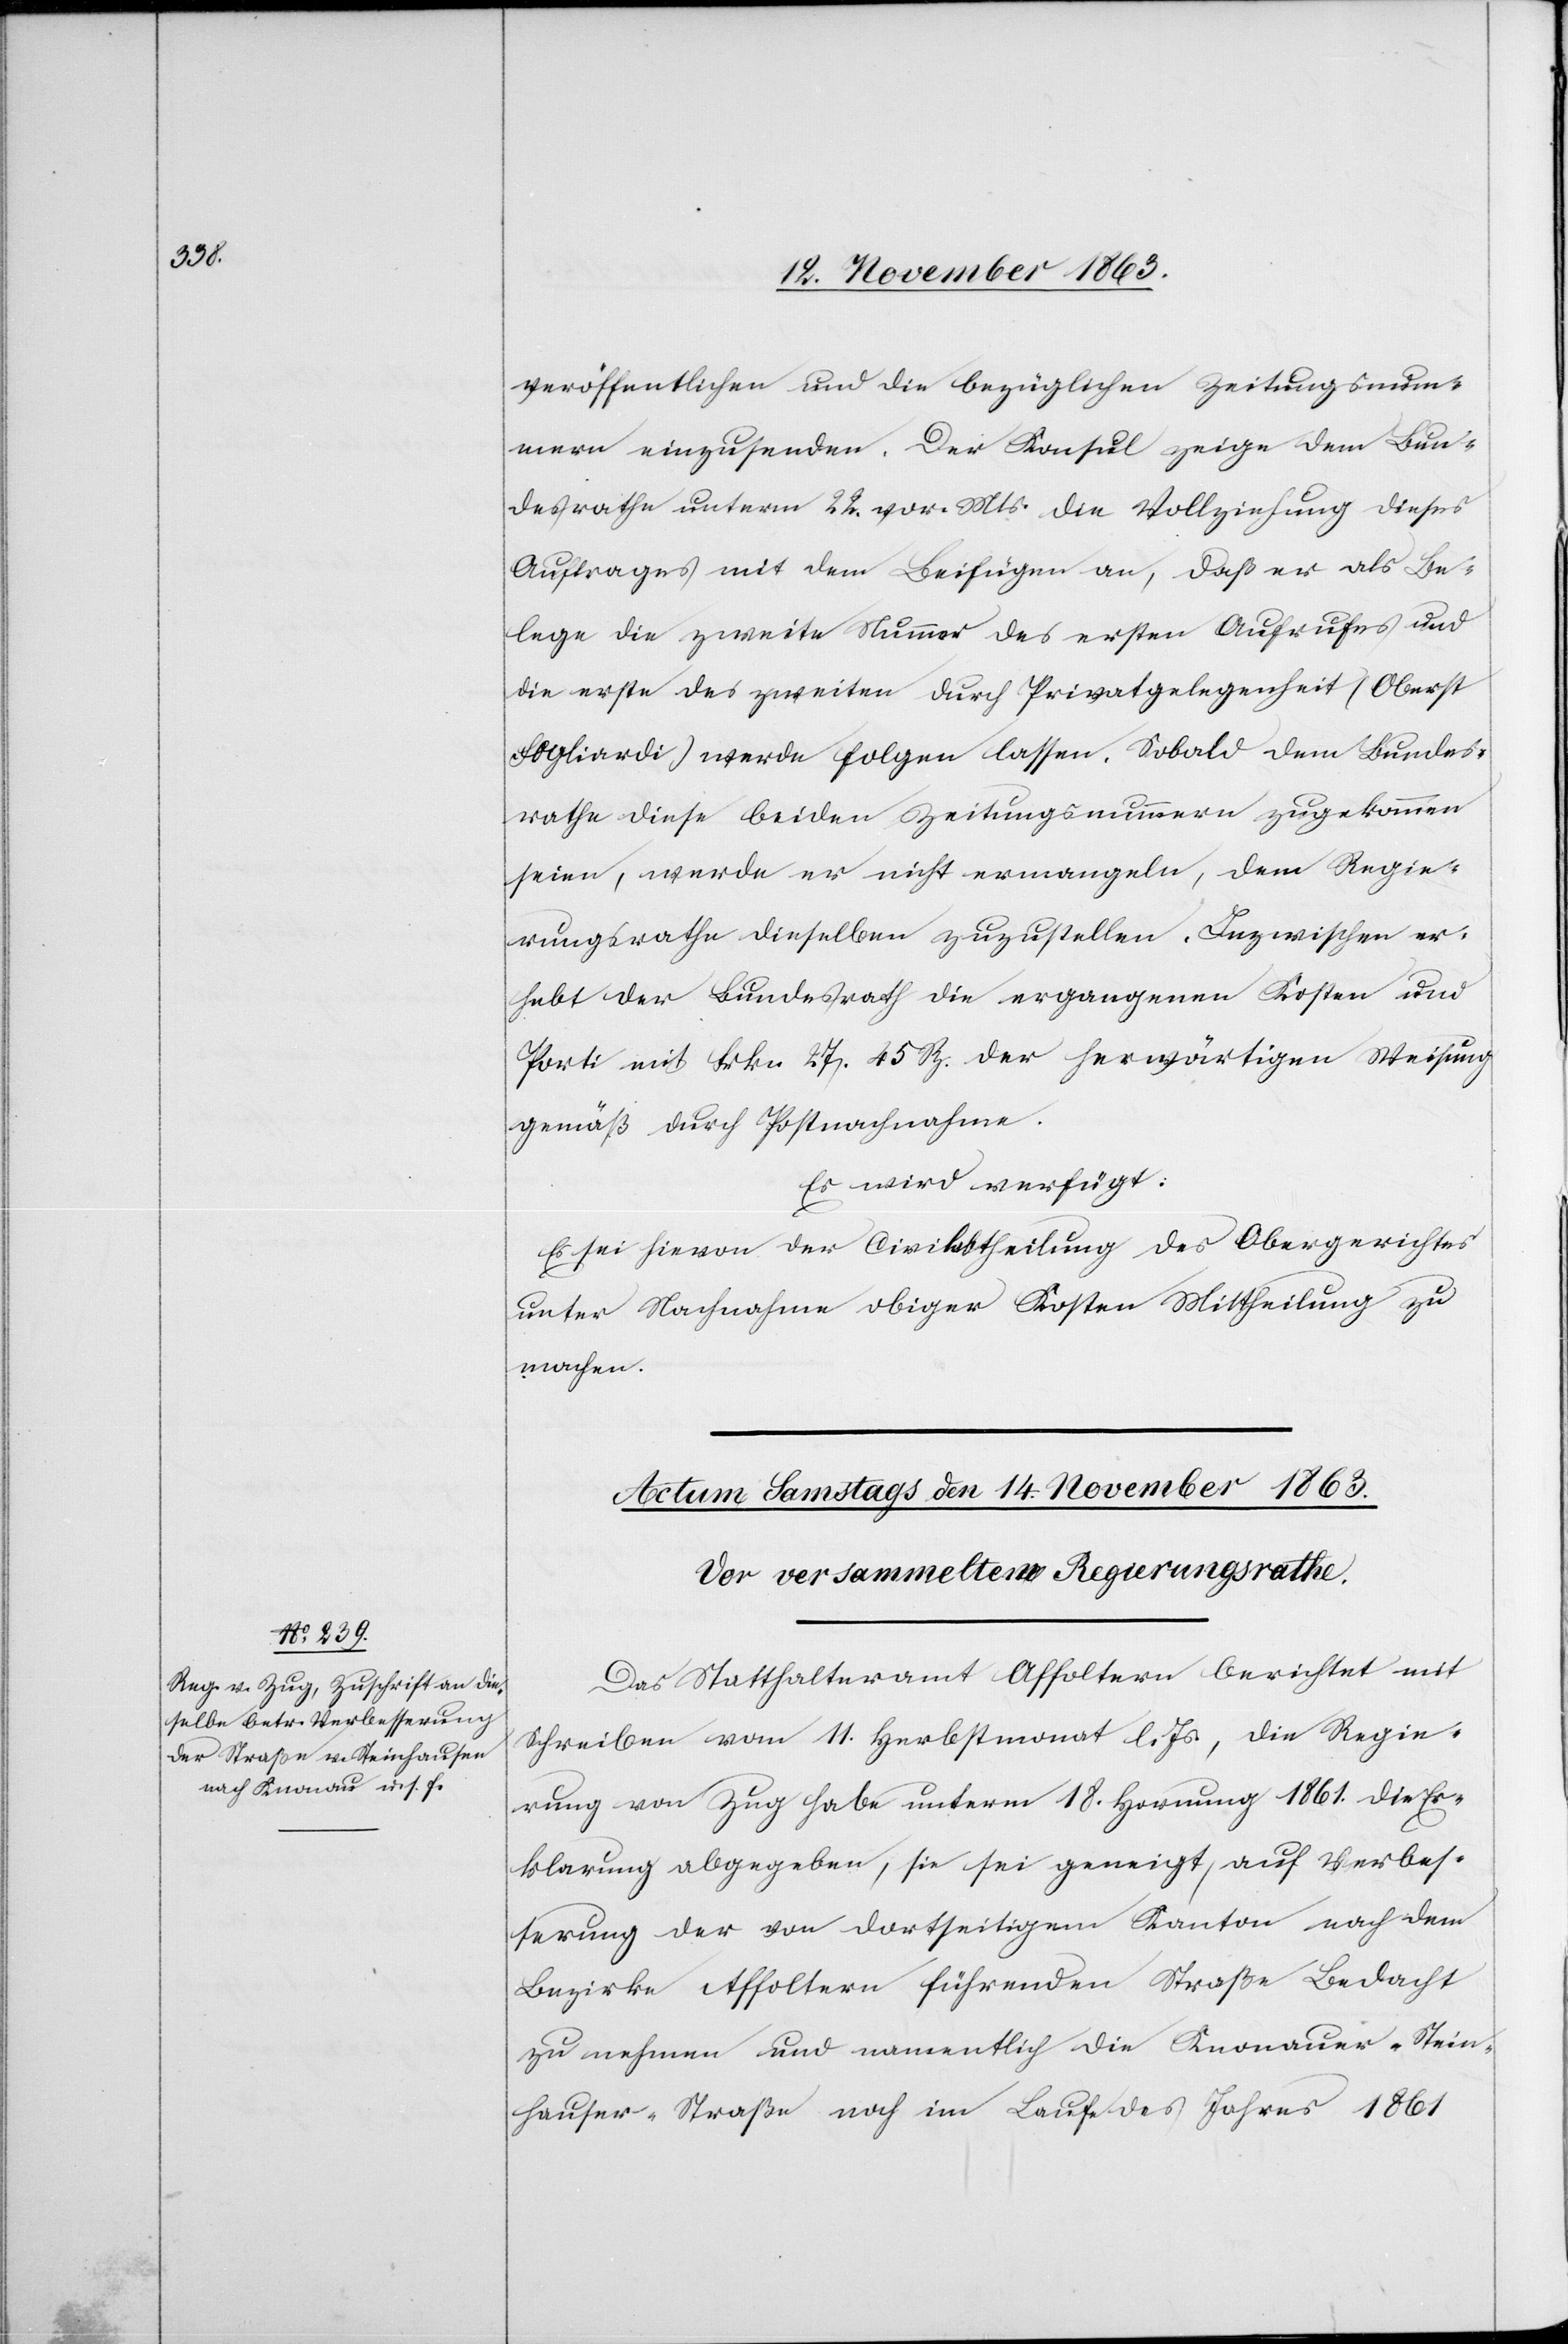
veröffentlichen und die bezüglichen Zeitungsnum¬
mern einzusenden. Der Konsul zeige dem Bun¬
desrathe unterm 22. vor. Mts. die Vollziehung dieses
Auftrages mit dem Beifügen an, daß er als Be¬
lege die zweite Nummer des ersten Aufrufes und
die erste des zweiten durch Privatgelegenheit (Oberst
Fogliardi) werde folgen lassen. Sobald dem Bundes¬
rathe diese beiden Zeitungsnummern zugekommen
seien, werde er nicht ermangeln, dem Regie¬
rungsrathe dieselben zuzustellen. Inzwischen er¬
hebt der Bundesrath die ergangenen Kosten und
Porti mit Frkn 27. 45 Rp. der herwärtigen Weisung
gemäß durch Postnachnahme.
Es wird verfügt:
Es sei hievon der Civilabtheilung des Obergerichtes
unter Nachnahme obiger Kosten Mittheilung zu
machen.
Das Statthalteramt Affoltern berichtet mit
Schreiben vom 11. Herbstmonat l. Js., die Regie¬
rung von Zug habe unterm 18. Hornung 1861. die Er¬
klarung [sic!] abgegeben, sie sei geneigt, auf Verbes¬
serung der von dortseitigem Kanton nach dem
Bezirke Affoltern führenden Straße Bedacht
zu nehmen und namentlich die Knonauer-Stein¬
hauser-Straße noch im Laufe des Jahres 1861